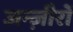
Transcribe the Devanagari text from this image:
जन्ज़ीरों